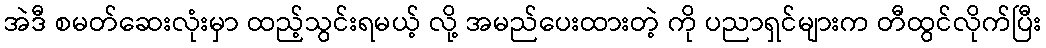
အဲဒီ စမတ်ဆေးလုံးမှာ ထည့်သွင်းရမယ့် လို့ အမည်ပေးထားတဲ့ ကို ပညာရှင်များက တီထွင်လိုက်ပြီး